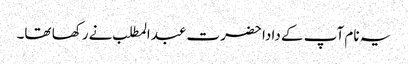
یہ نام آپ کے دادا حضرت عبدالمطلب نے رکھا تھا۔